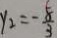
y _ { 2 } = - \frac { 8 } { 3 }